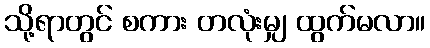
သို့ရာတွင် စကား တလုံးမျှ ထွက်မလာ။